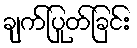
ချက်ပြုတ်ခြင်း